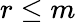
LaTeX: r\le m